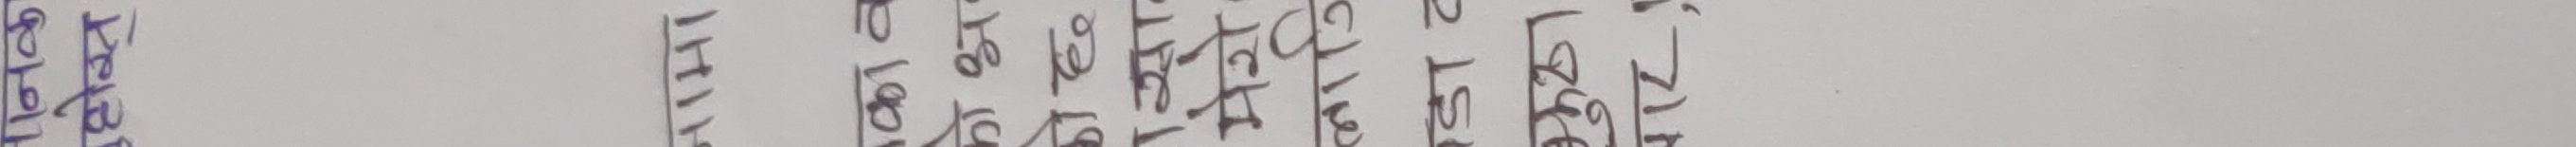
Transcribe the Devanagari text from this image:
१ ५ ८० १३ १८ ६ १२ ९८ १०
बजेट
१
८०
१०
१२
९८
१३
को
अघि
ते
१७१
१
८०/८१
लेखा
जो
न
०४६
व
ख
१
२०६९/११/३०
मन्जु
का
९८
३१/८
९०
७०
८९
१००
१९८
५०
७७
९९